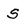
Character: s